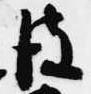
彼